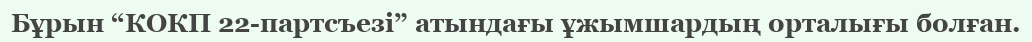
Бұрын “КОКП 22-партсъезі” атындағы ұжымшардың орталығы болған.